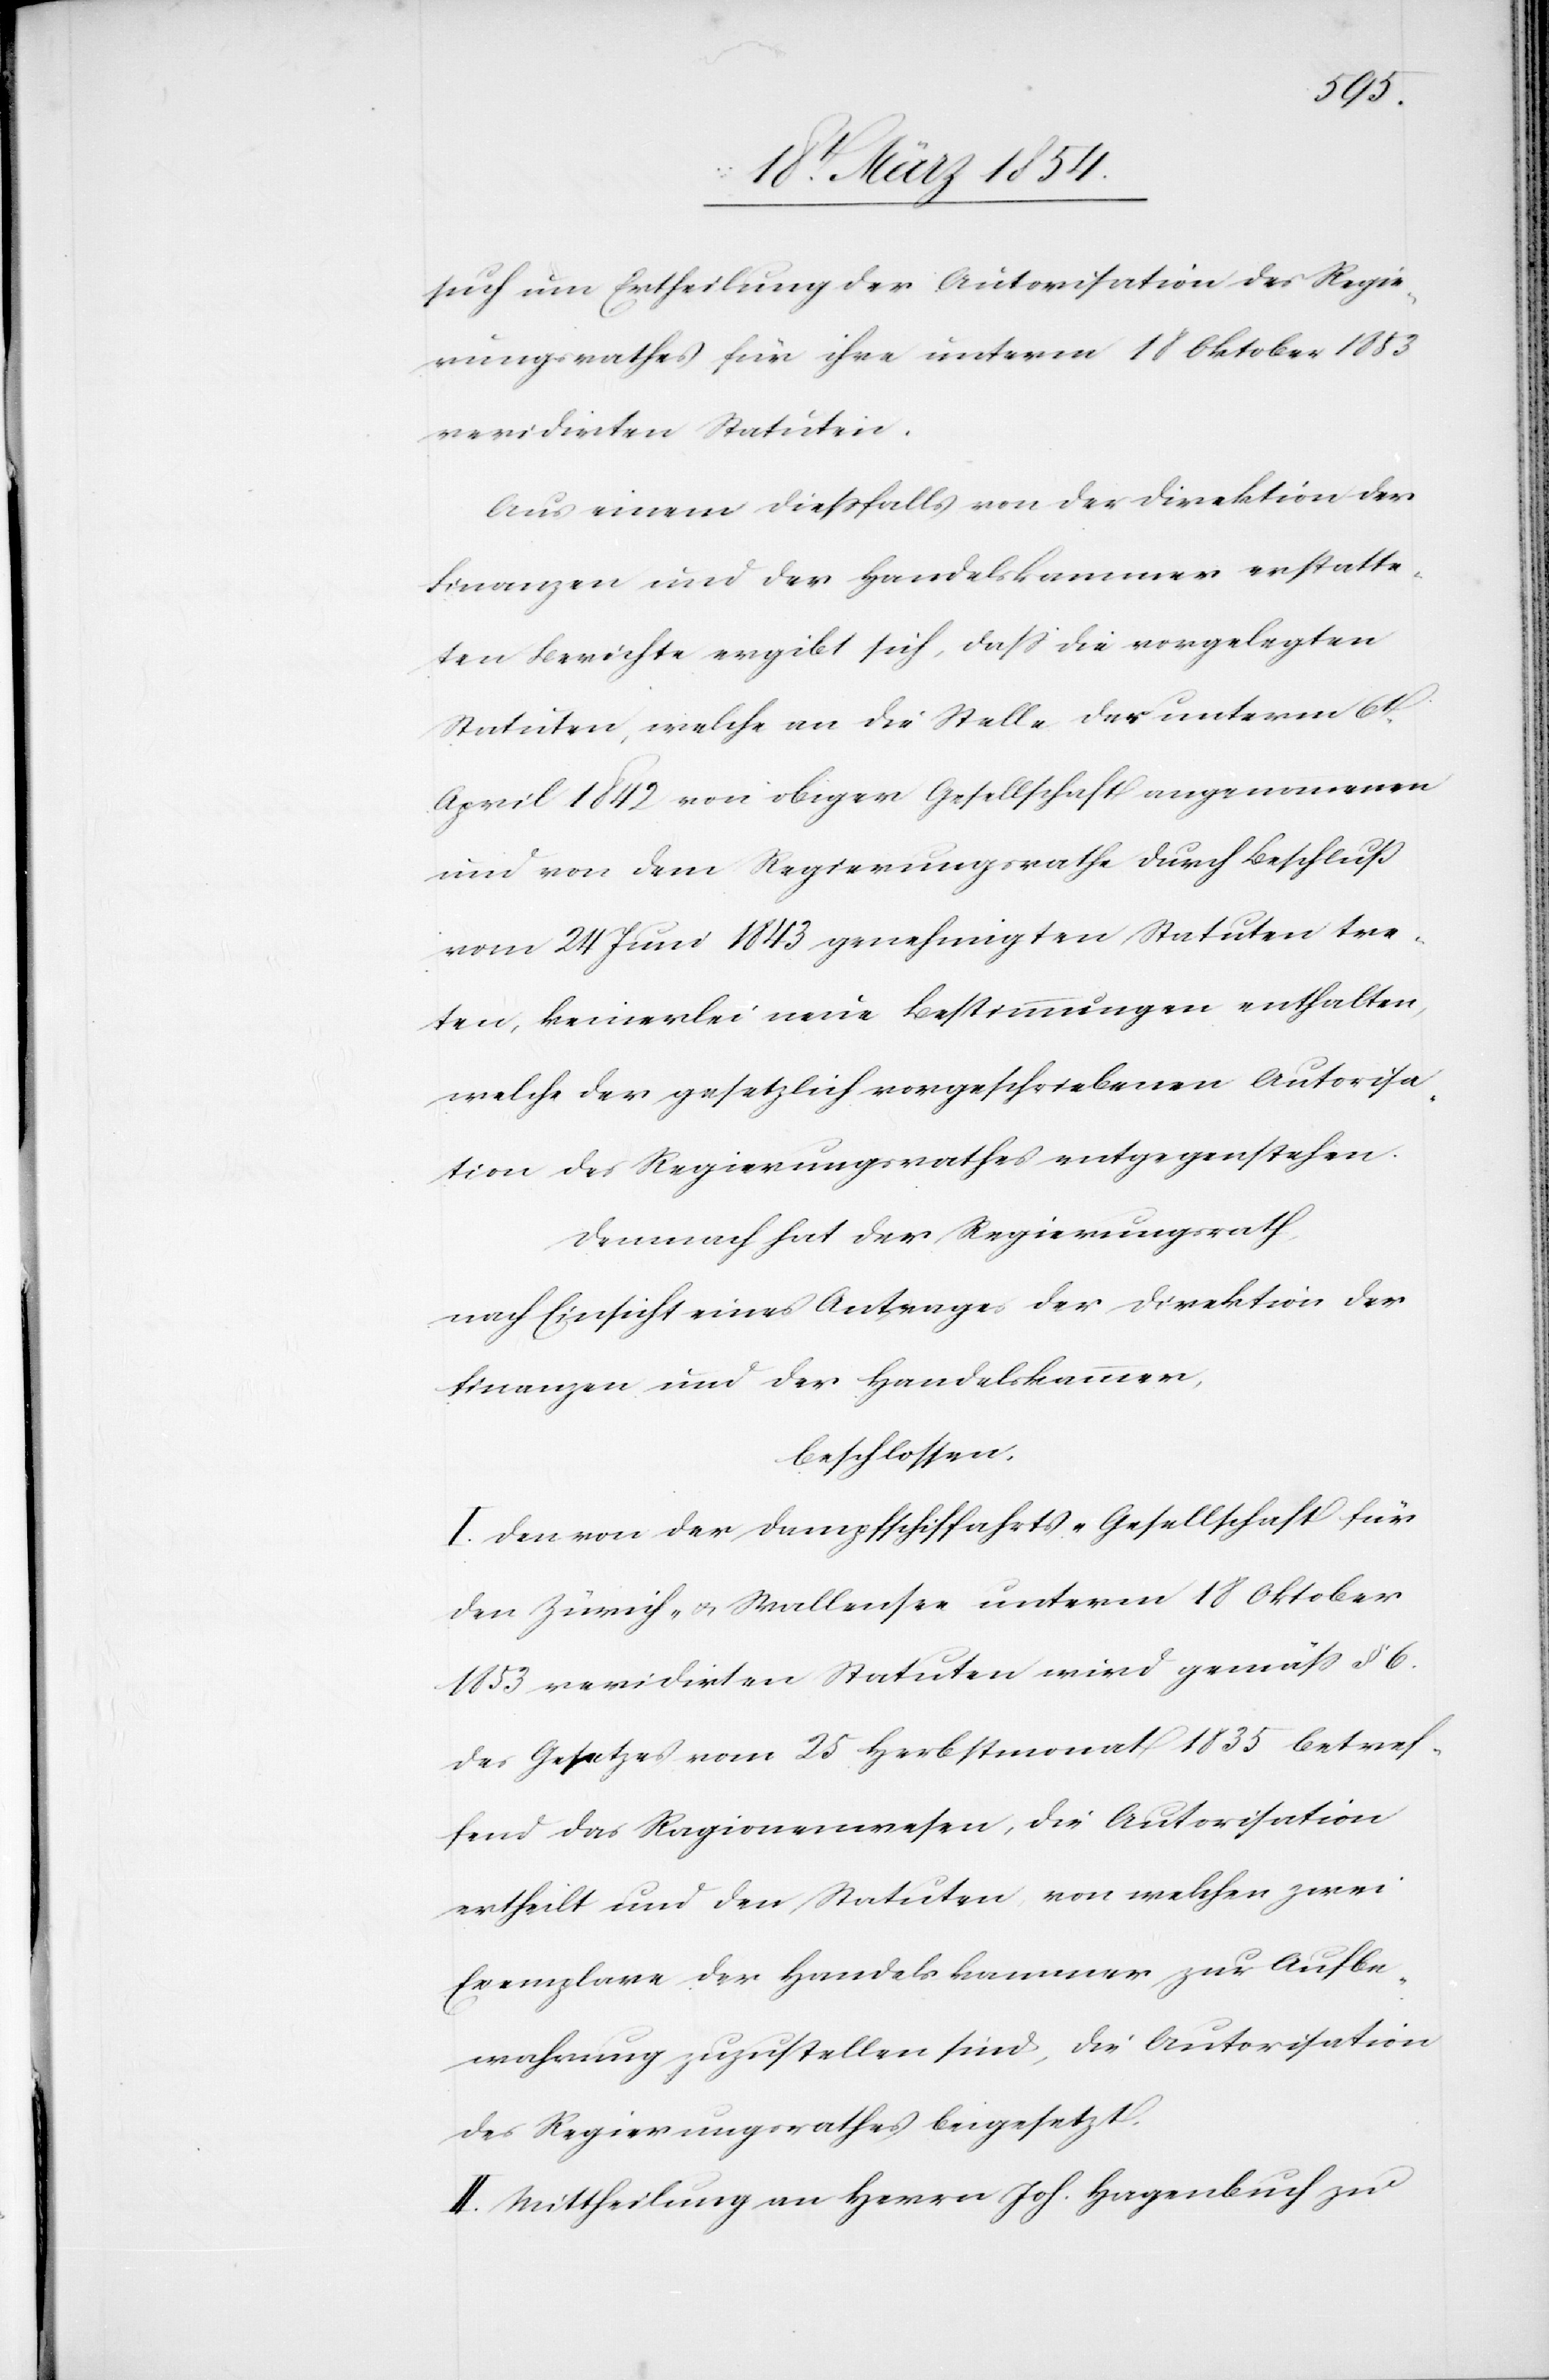
such um Ertheilung der Autorisation des Regie¬
rungsrathes für ihre unterm 18 Oktober 1853
revidirten Statuten.
Aus einem dießfalls von der Direktion der
Finanzen und der Handelskammer erstatte¬
ten Berichte ergibt sich, daß die vorgelegten
Statuten, welche an die Stelle der unterm 6t
April 1842 von obiger Gesellschaft angenommen
und von dem Regierungsrathe durch Beschluß
vom 24 Juni 1843 genehmigten Statuten tre¬
ten, keinerlei neue Bestimmungen enthalten,
welche der gesetzlich vorgeschriebenen Autorisa¬
tion des Regierungsrathes entgegenstehen.
Demnach hat der Regierungsrath,
nach Einsicht eines Antrages der Direktion der
Finanzen und der Handelskammer,
beschlossen:
I. Den von der Dampfschiffahrts-Gesellschaft für
den Zürich- u. Wallensee unterm 18 Oktober
1853 revidirten Statuten wird gemäß § 6.
des Gesetzes vom 25 Herbstmonat 1835 betref¬
fend das Ragionenwesen, die Autorisation
ertheilt und den Statuten, von welchen zwei
Exemplare der Handelskammer zur Aufbe¬
wahrung zuzustellen sind, die Autorisation
des Regierungsrathes beigesetzt.
II. Mittheilung an Herrn Joh. Hagenbuch zu